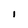
Character: I